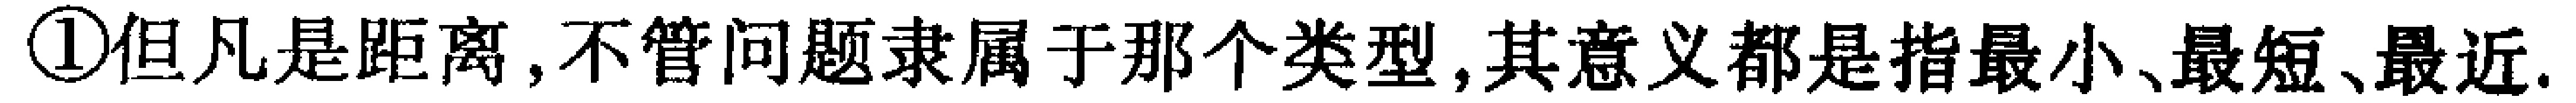
\textcircled{1}但凡是距离,不管问题隶属于那个类型,其意义都是指最小、最短、最近.